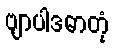
ဗျာပါဒဓာတုံ